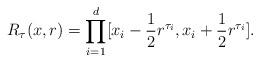
LaTeX: \begin{align*}R_{\tau}(x,r)=\prod_{i=1}^d [x_i-\frac{1}{2}r^{\tau_i},x_i+\frac{1}{2}r^{\tau_i}].\end{align*}